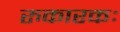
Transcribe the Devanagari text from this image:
रुकारकः